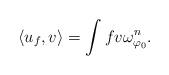
LaTeX: \begin{align*}\langle u_f, v \rangle = \int fv \omega_{\varphi_0}^n.\end{align*}